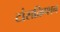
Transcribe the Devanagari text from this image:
टांसक्रिप्शन